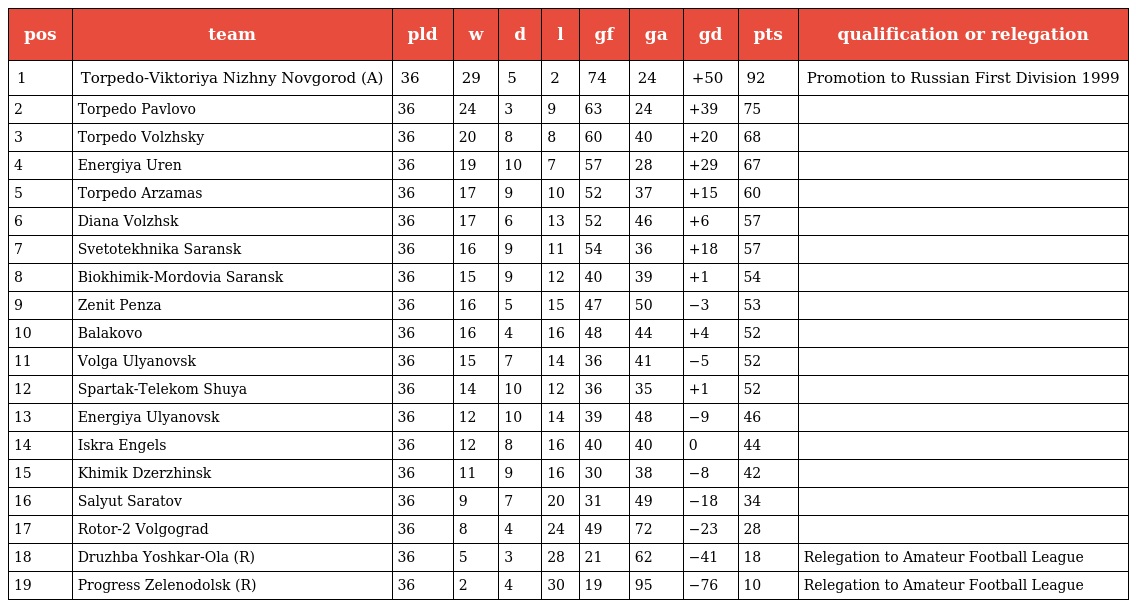
| pos | team | pld | w | d | l | gf | ga | gd | pts | qualification or relegation |
 | --- | --- | --- | --- | --- | --- | --- | --- | --- | --- | --- |
 | 1 | Torpedo-Viktoriya Nizhny Novgorod (A) | 36 | 29 | 5 | 2 | 74 | 24 | +50 | 92 | Promotion to Russian First Division 1999 |
 | 2 | Torpedo Pavlovo | 36 | 24 | 3 | 9 | 63 | 24 | +39 | 75 |  |
 | 3 | Torpedo Volzhsky | 36 | 20 | 8 | 8 | 60 | 40 | +20 | 68 |  |
 | 4 | Energiya Uren | 36 | 19 | 10 | 7 | 57 | 28 | +29 | 67 |  |
 | 5 | Torpedo Arzamas | 36 | 17 | 9 | 10 | 52 | 37 | +15 | 60 |  |
 | 6 | Diana Volzhsk | 36 | 17 | 6 | 13 | 52 | 46 | +6 | 57 |  |
 | 7 | Svetotekhnika Saransk | 36 | 16 | 9 | 11 | 54 | 36 | +18 | 57 |  |
 | 8 | Biokhimik-Mordovia Saransk | 36 | 15 | 9 | 12 | 40 | 39 | +1 | 54 |  |
 | 9 | Zenit Penza | 36 | 16 | 5 | 15 | 47 | 50 | −3 | 53 |  |
 | 10 | Balakovo | 36 | 16 | 4 | 16 | 48 | 44 | +4 | 52 |  |
 | 11 | Volga Ulyanovsk | 36 | 15 | 7 | 14 | 36 | 41 | −5 | 52 |  |
 | 12 | Spartak-Telekom Shuya | 36 | 14 | 10 | 12 | 36 | 35 | +1 | 52 |  |
 | 13 | Energiya Ulyanovsk | 36 | 12 | 10 | 14 | 39 | 48 | −9 | 46 |  |
 | 14 | Iskra Engels | 36 | 12 | 8 | 16 | 40 | 40 | 0 | 44 |  |
 | 15 | Khimik Dzerzhinsk | 36 | 11 | 9 | 16 | 30 | 38 | −8 | 42 |  |
 | 16 | Salyut Saratov | 36 | 9 | 7 | 20 | 31 | 49 | −18 | 34 |  |
 | 17 | Rotor-2 Volgograd | 36 | 8 | 4 | 24 | 49 | 72 | −23 | 28 |  |
 | 18 | Druzhba Yoshkar-Ola (R) | 36 | 5 | 3 | 28 | 21 | 62 | −41 | 18 | Relegation to Amateur Football League |
 | 19 | Progress Zelenodolsk (R) | 36 | 2 | 4 | 30 | 19 | 95 | −76 | 10 | Relegation to Amateur Football League |